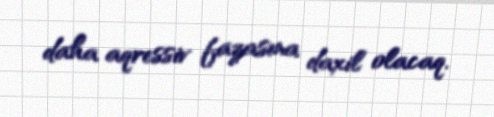
daha aqressiv fazasına daxil olacaq.